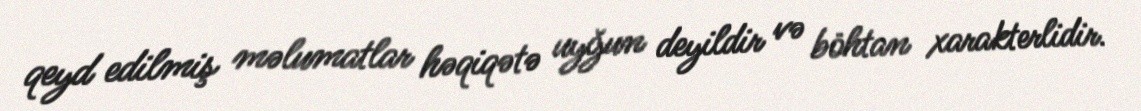
qeyd edilmiş məlumatlar həqiqətə uyğun deyildir və böhtan xarakterlidir.